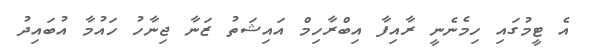
އެ ޓީމުގައި ހިމެނެނީ ރާއިފާ އިބްރާހިމް އައިޝަތު ޒަނާ ޖިނާހު ހައުމާ އުބައިދު